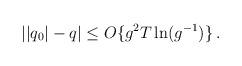
LaTeX: \begin{align*}||q_0| - q| \leq O \{g^2 T \ln (g^{- 1}) \} \, . \end{align*}